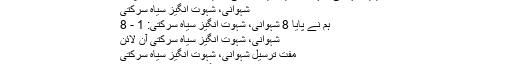
خریدیں شہوانی، شہوت انگیز سیاہ سرکتی دبائيں آن لائن + مفت شپنگ
شہوانی، شہوت انگیز سیاہ سرکتی
ہم نے پایا 8 شہوانی، شہوت انگیز سیاہ سرکتی: 1 - 8
شہوانی، شہوت انگیز سیاہ سرکتی آن لائن
مفت ترسیل شہوانی، شہوت انگیز سیاہ سرکتی
خریدیں شہوانی، شہوت انگیز سیاہ سرکتی آن لائن